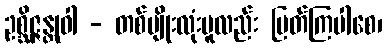
ဥစ္ဆိဇ္ဇန္တုဝါ - တစ်မျိုးလုံးမူလည်း ပြတ်ကြပါစေ၊